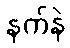
နက်နဲ